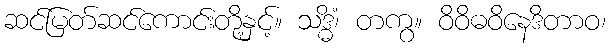
ဆင်မြတ်ဆင်ကောင်းတို့နှင့်။ သဒ္ဓိံ၊ တကွ။ ဝိဝိဓဝိနေဒိတာဝ၊